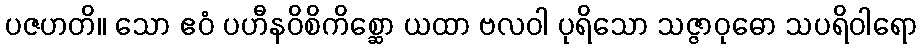
ပဇဟတိ။ သော ဧဝံ ပဟီနဝိစိကိစ္ဆော ယထာ ဗလဝါ ပုရိသော သဇ္ဇာဝုဓော သပရိဝါရော